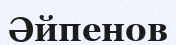
Әйпенов